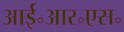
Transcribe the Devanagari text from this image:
आई॰आर॰एस॰